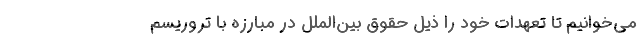
می‌خوانیم تا تعهدات خود را ذیل حقوق بین‌الملل در مبارزه با تروریسم